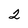
Character: 2